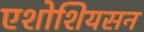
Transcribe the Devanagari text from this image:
एशोशियसन